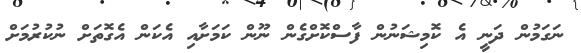
ނަގަމުން ދަނީ އެ ކޮމިޝަނުން ފާސްކޮށްގެން ނޫން ކަމަށާއި އެކަން އެގޮތަށް ނުކުރުމަށް